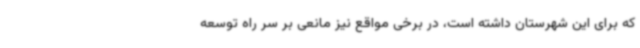
که برای این شهرستان داشته است، در برخی مواقع نیز مانعی بر سر راه توسعه